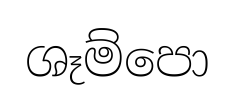
ශෑම්පො